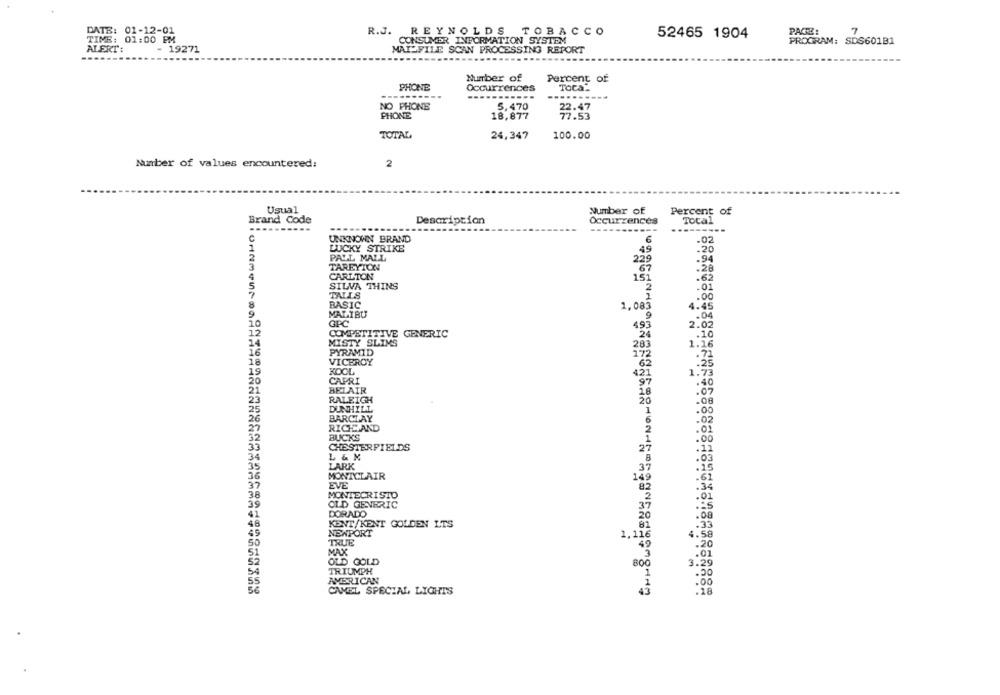
DATE: 01-12-01
R.J. REYNOLDS TOBACCO
52465 1904
PACTE:
7
TIME: 01:00 PM
CONSUMER INFORMATION SYSTEM
PROGRAM: SDS601B1
ALERT:
- 19271
MAISFILE SCAN PROCESSING REPORT
Number of
Percent of
PHONE
Occurrences
TOCa.
.....
NO PHONE
5,470
PHONE
18,877
22.47
TOTAL
24,347
100.00
Number of values encountered:
2
Usual
Number of
Percent of
Brand Code
Description
Occurzences
Total
----------
------.
----
C
UNKNOWN BRAND
.02
LUCKY STRIKE
.20
PALL MALL
49
-94
229
TAREYION
67
.28
CARLTON
.62
151
SILVA THINS
2
.01
TALLS
.00
BASIC
1,083
4.45
MALIBU
.04
10
GPC
493
2.02
COMPETITIVE GENERIC
.10
MISTY SLIMS
28
1.16
16
PYRAMID
VICEROY
KOOL
1.33
CAPRI
BELAIR
.40
. 07
RALEIGH
.08
DUNHILL
.00
26
BARCLAY
.02
RICH AND
.0
BUCKS
.00
CHESTERFIELDS
.11
L & N
.03
LARK
.15
MONTCLAIR
.62
EVE
.34
MONTECRISTO
.01
OLD GENERIC
DORADO
.08
KENT/KENT GOLDEN LTS
.33
NEWPORT
1.
4.58
TRUE
.20
MAX
.01
OLD GOLD
3.29
OC*
TRIUMPH
AMERICAN
.00
CAMEL SPECIAL LIGHTS
.18